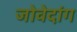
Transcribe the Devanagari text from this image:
जोवेदांग